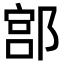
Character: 𨜳